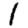
Digit: 1